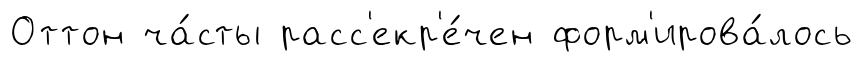
Оттон ча́сты расс'екр'е́чен форм'ирова́лось